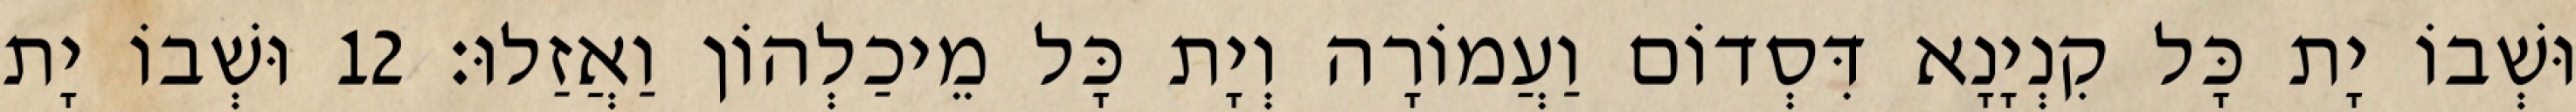
וּשְׁבוֹ יָת כָּל קִנְיָנָא דִּסְדוֹם וַעֲמוֹרָה וְיָת כָּל מֵיכַלְהוֹן וַאֲזַלוּ׃ 12 וּשְׁבוֹ יָת